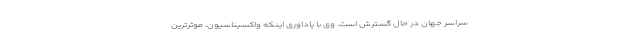
سراسر جهان در حال گسترش است. وی با یاداوری اینکه واکسیناسیون، موثرترین